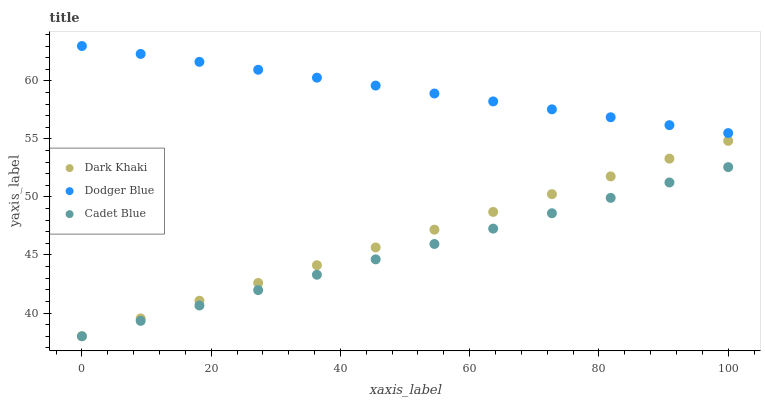
| xaxis_label | Dark Khaki | Dodger Blue | Cadet Blue |
 | --- | --- | --- | --- |
 | 0 | 38 | 63 | 38 |
 | 9.09 | 39.5 | 62.3 | 39.3 |
 | 18.2 | 41.1 | 61.6 | 40.6 |
 | 27.3 | 42.6 | 61 | 42 |
 | 36.4 | 44.1 | 60.3 | 43.3 |
 | 45.5 | 45.6 | 59.6 | 44.6 |
 | 54.5 | 47.2 | 58.9 | 45.9 |
 | 63.6 | 48.7 | 58.2 | 47.3 |
 | 72.7 | 50.2 | 57.5 | 48.6 |
 | 81.8 | 51.8 | 56.9 | 49.9 |
 | 90.9 | 53.3 | 56.2 | 51.2 |
 | 100 | 54.8 | 55.5 | 52.6 |